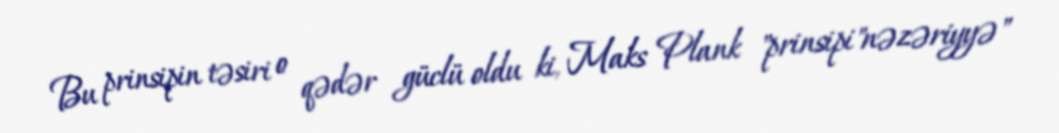
Bu prinsipin təsiri o qədər güclü oldu ki, Maks Plank "prinsipi"nəzəriyyə"